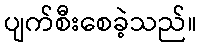
ပျက်စီးစေခဲ့သည်။